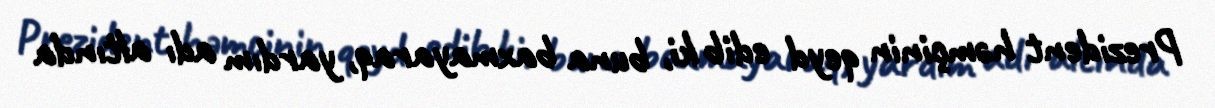
Prezident həmçinin qeyd edib ki, buna baxmayaraq, yardım adı altında